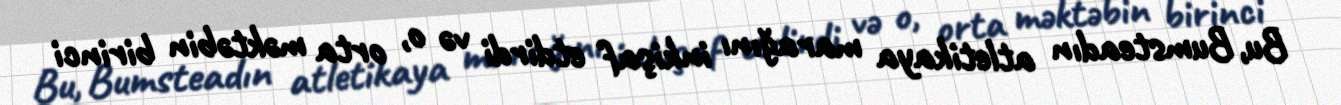
Bu, Bumsteadın atletikaya marağını inkişaf etdirdi və o, orta məktəbin birinci